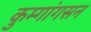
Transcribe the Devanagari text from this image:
कुम्गांगसन